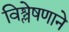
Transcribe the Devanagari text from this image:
विश्लेषणाने